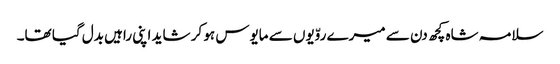
سلامہ شاہ کچھ دن سے میرے روّیوں سے مایوس ہو کر شاید اپنی راہیں بدل گیا تھا۔